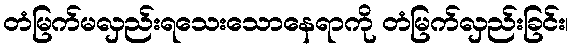
တံမြက်မလှည်းရသေးသောနေရာကို တံမြက်လှည်းခြင်း၊